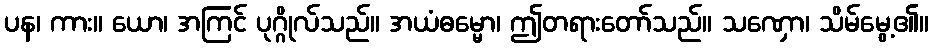
ပန၊ ကား။ ယော၊ အကြင် ပုဂ္ဂိုလ်သည်။ အယံဓမ္မော၊ ဤတရားတော်သည်။ သဏှော၊ သိမ်မွေ့၏။